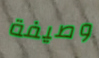
وصيفة